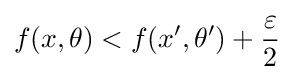
f(x,\theta )<f(x',\theta ')+{\frac {\varepsilon }{2}}